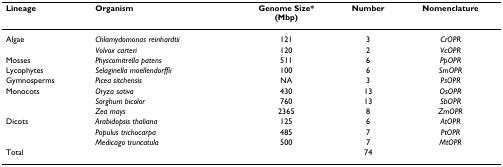
| Lineage | Organism | Genome Size*(Mbp) | Number | Nomenclature |
 | --- | --- | --- | --- | --- |
 | Algae | Chlamydomonas reinhardtii | 121 | 3 | CrOPR |
 |  | Volvox carteri | 120 | 2 | VcOPR |
 | Mosses | Physcomitrella patens | 511 | 6 | PpOPR |
 | Lycophytes | Selaginella moellendorffii | 100 | 6 | SmOPR |
 | Gymnosperms | Picea sitchensis | NA | 3 | PsOPR |
 | Monocots | Oryza sativa | 430 | 13 | OsOPR |
 |  | Sorghum bicolor | 760 | 13 | SbOPR |
 |  | Zea mays | 2365 | 8 | ZmOPR |
 | Dicots | Arabidopsis thaliana | 125 | 6 | AtOPR |
 |  | Populus trichocarpa | 485 | 7 | PtOPR |
 |  | Medicago truncatula | 500 | 7 | MtOPR |
 | Total |  |  | 74 |  |